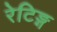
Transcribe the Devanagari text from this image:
रेटिङ्ग